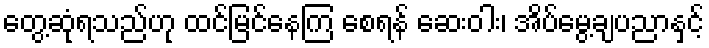
တွေ့ဆုံရသည်ဟု ထင်မြင်နေကြ စေရန် ဆေးဝါး၊ အိပ်မွေ့ချပညာနှင့်